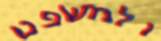
ולמשפט